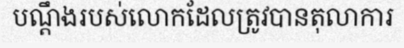
បណ្តឹងរបស់លោកដែលត្រូវបានតុលាការ